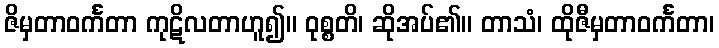
ဇိမှတာဝင်္ကတာ ကုဋိလတာဟူ၍။ ဝုစ္စတိ၊ ဆိုအပ်၏။ တာသံ၊ ထိုဇီမှတာဝင်္ကတာ၊